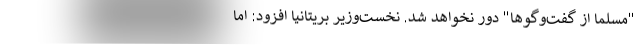
"مسلما از گفت‌و‌گوها" دور نخواهد شد. نخست‌وزیر بریتانیا افزود: اما